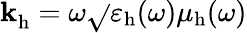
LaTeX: \mathbf{k}_{\mathrm{{h}}}^{}=\omega\sqrt{}{{\varepsilon_{\mathrm{{h}}}(\omega)\mu_{\mathrm{{h}}}(\omega)}}